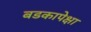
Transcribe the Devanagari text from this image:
बडकापेक्षा